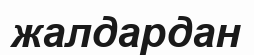
жалдардан